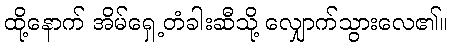
ထို့နောက် အိမ်ရှေ့တံခါးဆီသို့ လျှောက်သွားလေ၏။